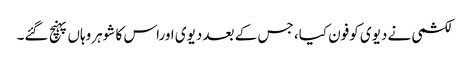
لکشمی نے دیوی کوفون کیا، جس کے بعد دیوی اوراس کا شوہروہاں پہنچ گئے۔